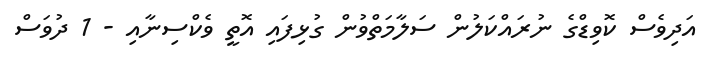
އަދިވެސް ކޮވިޑްގެ ނުރައްކަލުން ސަލާމަތްވުން ގުޅިފައި އޮތީ ވެކްސިނާއި - 1 ދުވަސް